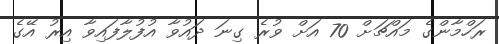
ރަހްމާންގެ މައްޗަށް 70 އަށް ވުރެ ގިނަ ދައުވާ އުފުލާފައިވާ އިރު އޭގެ